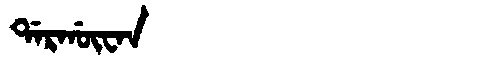
Manchu: ᡩᠠᡵᡤᡡᠸᠠᠨ
Romanization: DARGŪWAN